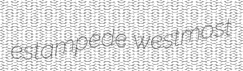
estampede westmost